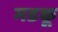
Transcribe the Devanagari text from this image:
मडकू